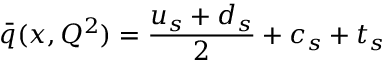
\bar { q } ( x , Q ^ { 2 } ) = \frac { u _ { s } + d _ { s } } { 2 } + c _ { s } + t _ { s }